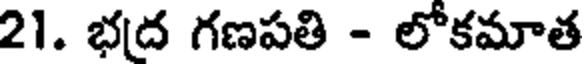
21. భద గణపతి - లోకమాత